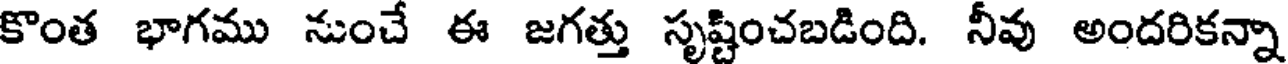
కొంత భాగము నుంచే ఈ జగత్తు సృష్టించబడింది. నీవు అందరికన్నా